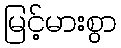
မြင့်မားစွာ